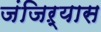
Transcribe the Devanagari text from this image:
जंजिऱ्यास